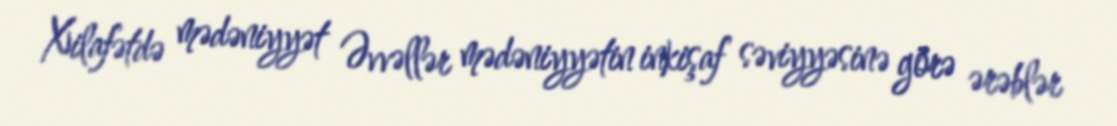
Xilafətdə mədəniyyət Əvvəllər mədəniyyətin inkişaf səviyyəsinə görə ərəblər